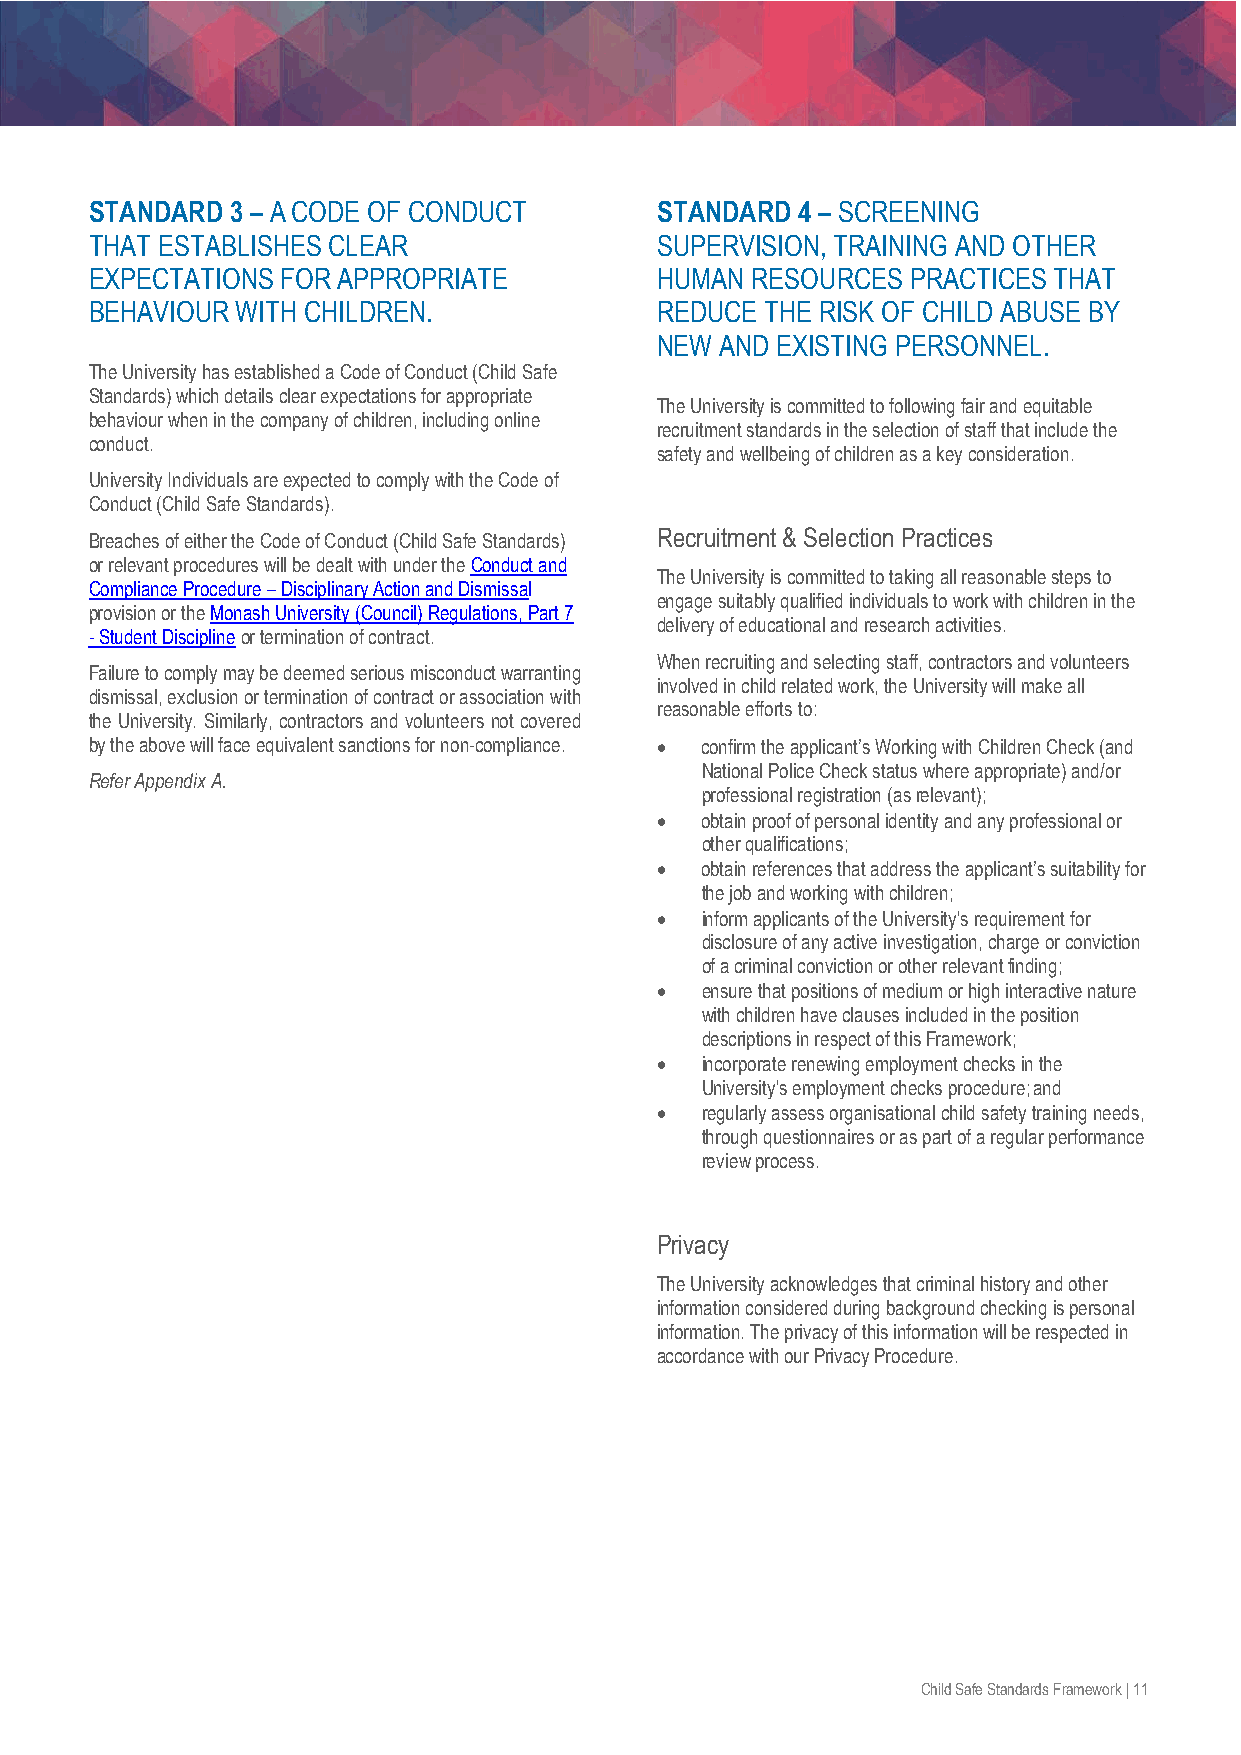
STANDARD 3 – A CODE OF CONDUCT       STANDARD  4 – SCREENING
 THAT ESTABLISHES CLEAR               SUPERVISION, TRAINING AND OTHER
 EXPECTATIONS FOR APPROPRIATE         HUMAN  RESOURCES PRACTICES THAT
 BEHAVIOUR WITH CHILDREN.             REDUCE  THE RISK OF CHILD ABUSE BY
 NEW  AND EXISTING PERSONNEL.
 The University has established a Code of Conduct (Child Safe
 Standards) which details clear expectations for appropriate
 The University is committed to following fair and equitable
 behaviour when in the company of children, including online
 recruitment standards in the selection of staff that include the
 conduct.
 safety and wellbeing of children as a key consideration.
 University Individuals are expected to comply with the Code of
 Conduct (Child Safe Standards).
 Breaches of either the Code of Conduct (Child Safe Standards) Recruitment & Selection Practices
 or relevant procedures will be dealt with under the Conduct and
 The University is committed to taking all reasonable steps to
 Compliance Procedure – Disciplinary Action and Dismissal
 engage suitably qualified individuals to work with children in the
 provision or the Monash University (Council) Regulations, Part 7
 delivery of educational and research activities.
 - Student Discipline or termination of contract.
 When recruiting and selecting staff, contractors and volunteers
 Failure to comply may be deemed serious misconduct warranting
 involved in child related work, the University will make all
 dismissal, exclusion or termination of contract or association with
 reasonable efforts to:
 the University. Similarly, contractors and volunteers not covered
 by the above will face equivalent sanctions for non-compliance. • confirm the applicant’s Working with Children Check (and
 National Police Check status where appropriate) and/or
 Refer Appendix A.
 professional registration (as relevant);
 •  obtain proof of personal identity and any professional or
 other qualifications;
 •  obtain references that address the applicant’s suitability for
 the job and working with children;
 •  inform applicants of the University's requirement for
 disclosure of any active investigation, charge or conviction
 of a criminal conviction or other relevant finding;
 •  ensure that positions of medium or high interactive nature
 with children have clauses included in the position
 descriptions in respect of this Framework;
 •  incorporate renewing employment checks in the
 University's employment checks procedure; and
 •  regularly assess organisational child safety training needs,
 through questionnaires or as part of a regular performance
 review process.
 Privacy
 The University acknowledges that criminal history and other
 information considered during background checking is personal
 information. The privacy of this information will be respected in
 accordance with our Privacy Procedure.
 Child Safe Standards Framework | 11